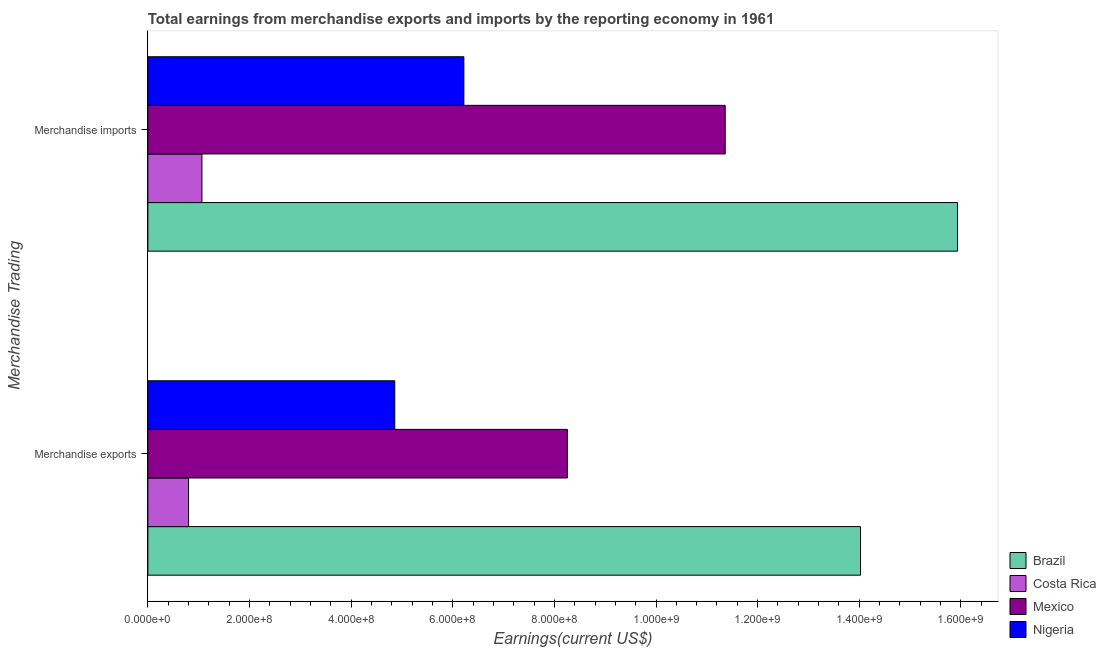
| Merchandise Trading | Brazil | Costa Rica | Mexico | Nigeria |
 | --- | --- | --- | --- | --- |
 | Merchandise exports | 1.4e+09 | 8.01e+07 | 8.26e+08 | 4.86e+08 |
 | Merchandise imports | 1.59e+09 | 1.06e+08 | 1.14e+09 | 6.22e+08 |